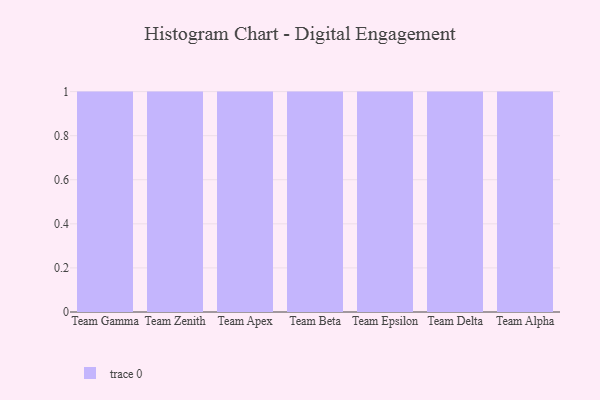
{"axis": {"x": "Team", "y": "Latency (ms)"}, "legend": [""], "data": [{"x": "Team Gamma", "y": 92, "type": ""}, {"x": "Team Zenith", "y": 79, "type": ""}, {"x": "Team Apex", "y": 2, "type": ""}, {"x": "Team Beta", "y": 5, "type": ""}, {"x": "Team Epsilon", "y": 8, "type": ""}, {"x": "Team Delta", "y": 50, "type": ""}, {"x": "Team Alpha", "y": 78, "type": ""}]}